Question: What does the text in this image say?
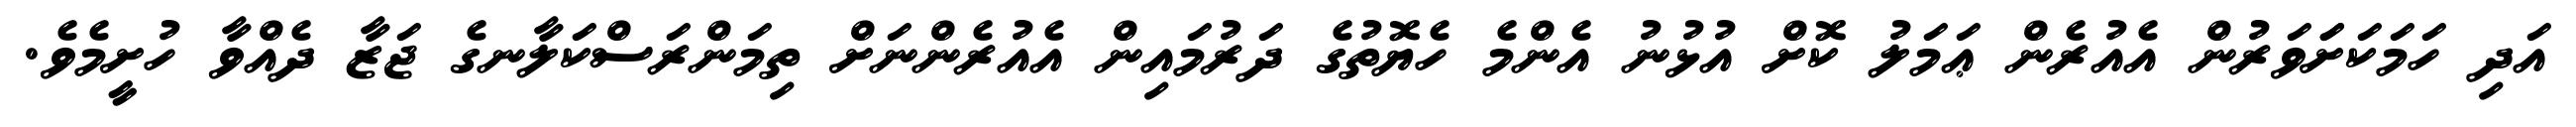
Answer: އަދި ހަމަކަށަަވަރުން އެއުރެން ޢަމަލު ކޮށް އުޅުނު އެންމެ ހެޔޮތުގެ ދަރުމައިން އެއުރެންނަށް ތިމަންރަސްކަލާނގެ ޖަޒާ ދެއްވާ ހުށީމެވެ.